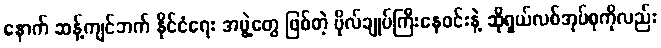
နောက် ဆန့်ကျင်ဘက် နိုင်ငံရေး အဖွဲ့တွေ ဖြစ်တဲ့ ဗိုလ်ချုပ်ကြီးနေဝင်းနဲ့ ဆိုရှယ်လစ်အုပ်စုကိုလည်း